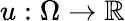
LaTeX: u:\Omega\to\mathbb{R}